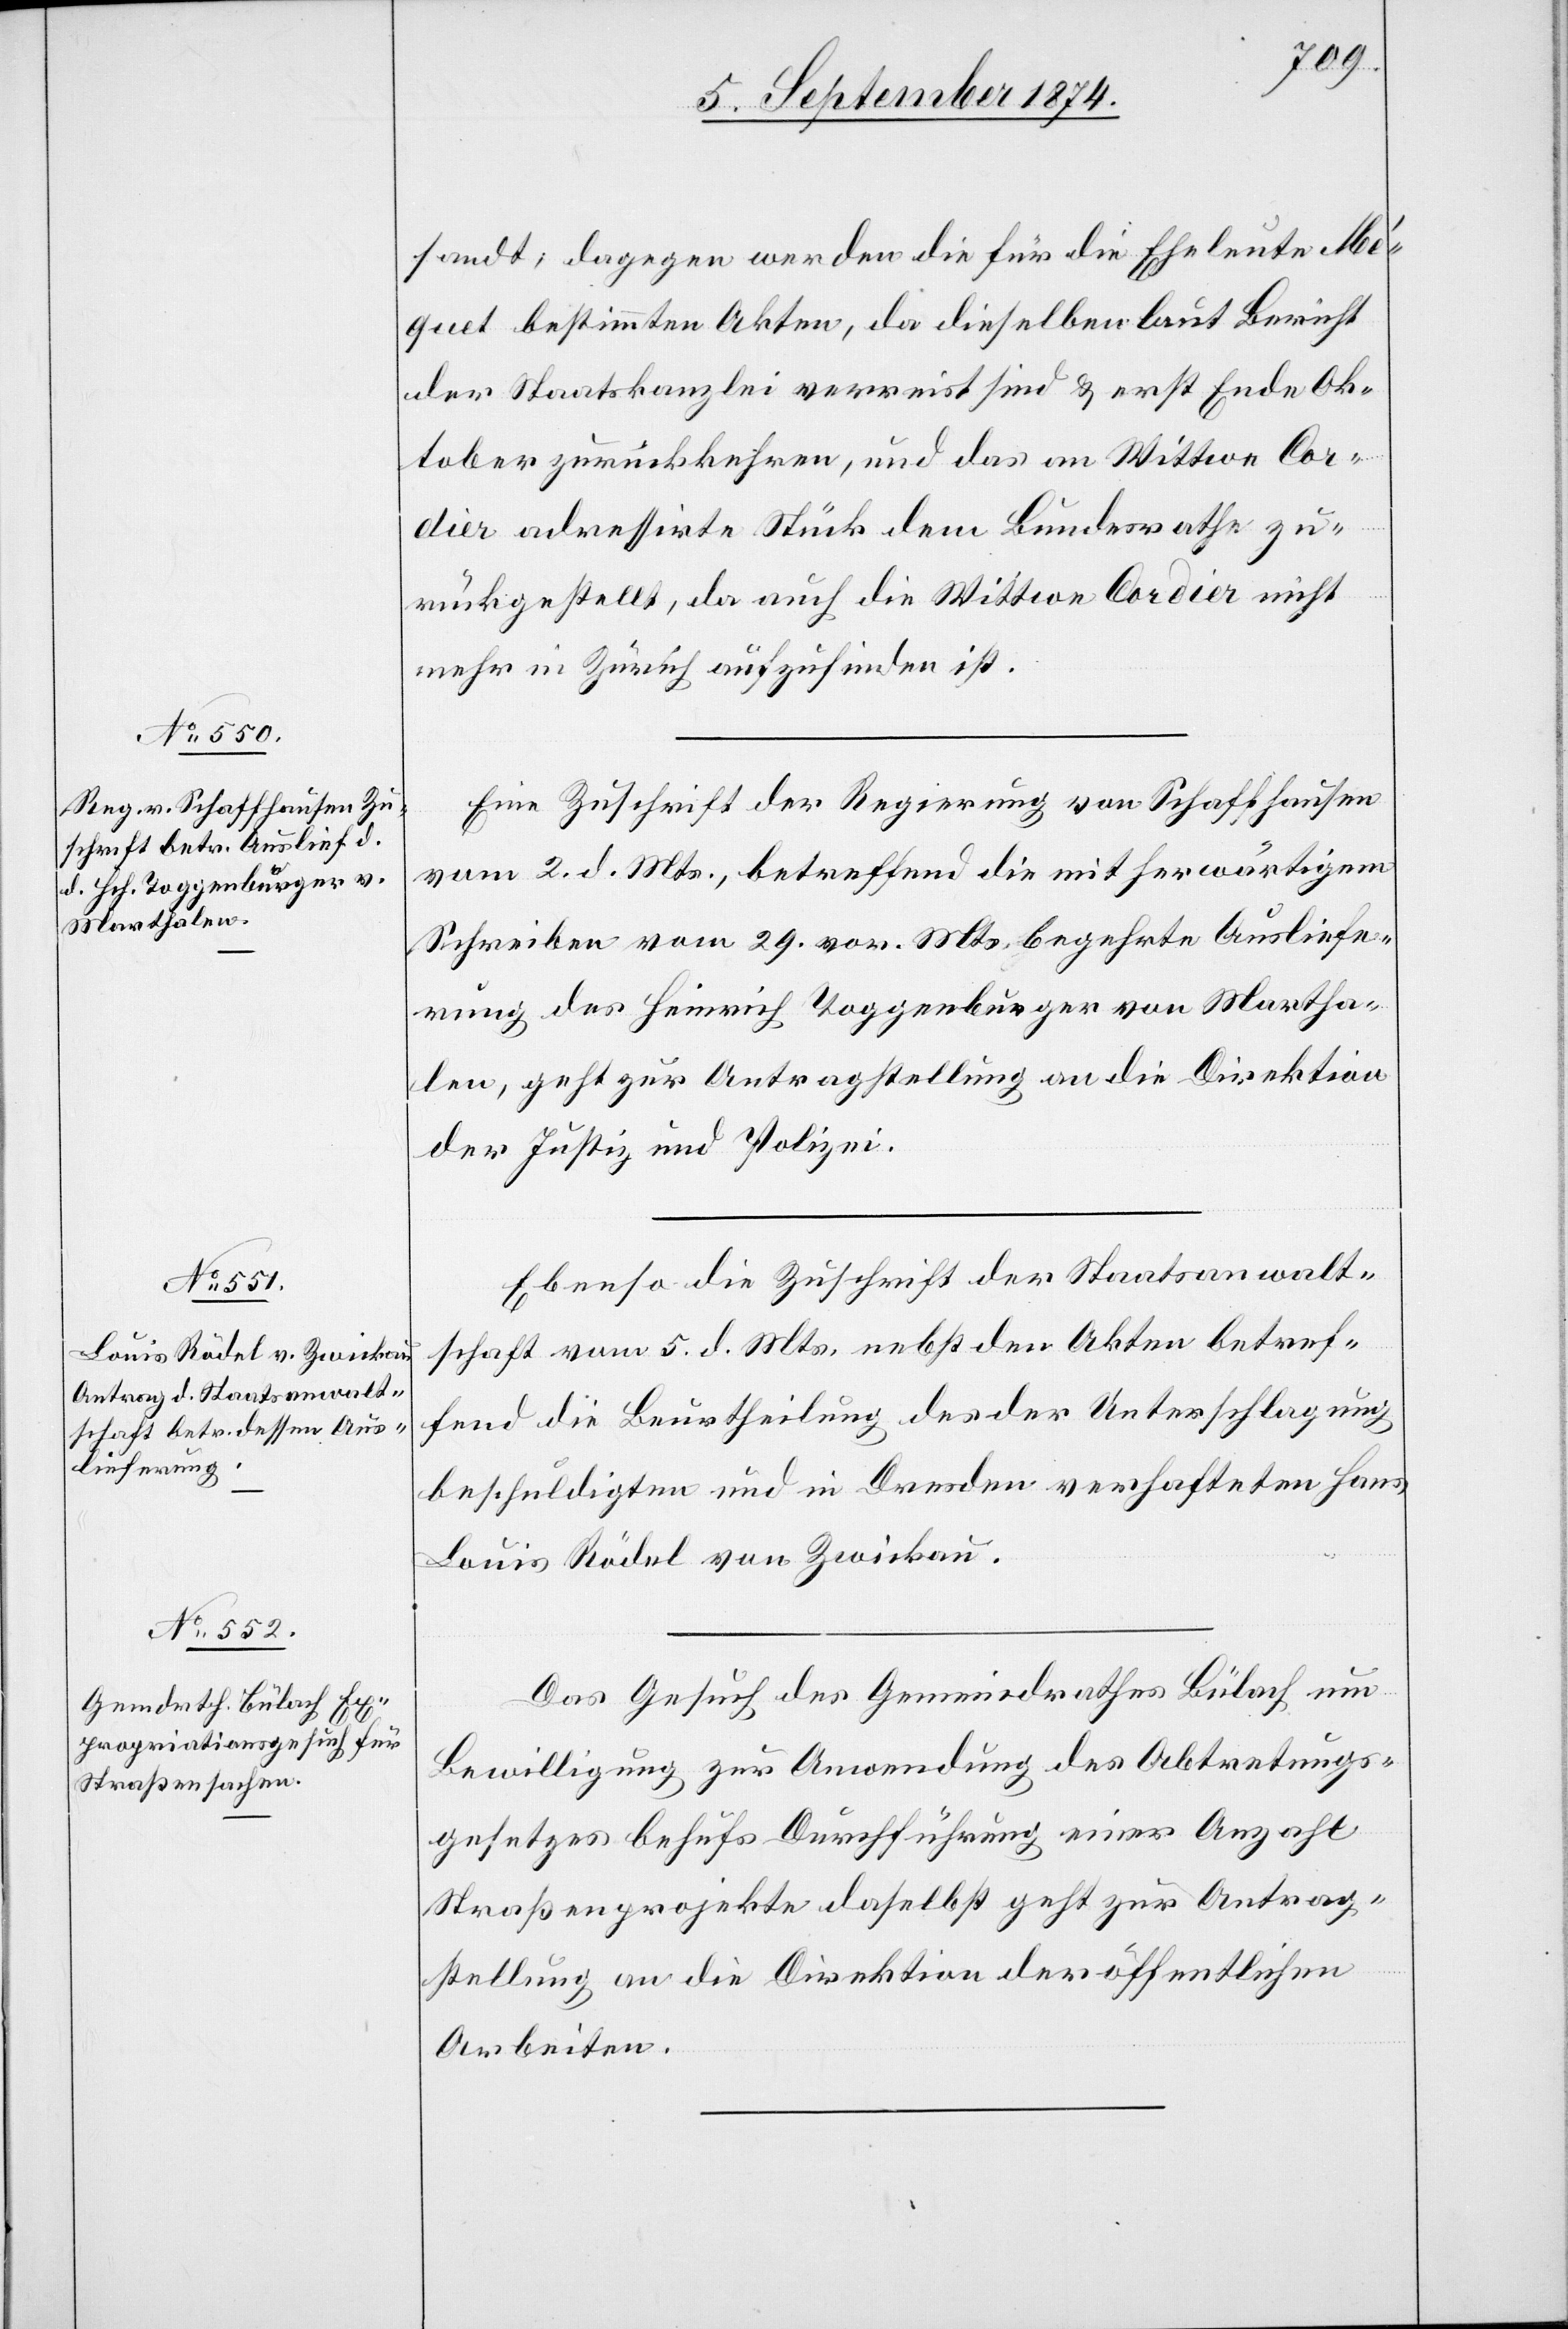
7. September 1874.]
sandt, dagegen werden die für die Eheleute Mé¬
quet bestimmten Akten, da dieselben laut Bericht
der Staatskanzlei verreist sind u. erst Ende Ok¬
tober zurückkehren, und das an Wittwe Cor¬
dier adressirte Stück dem Bundesrathe zu¬
rückgestellt, da auch die Wittwe Cordier nicht
mehr in Zürich aufzufinden ist.
Eine Zuschrift der Regierung von Schaffhausen
vom 2. d. Mts., betreffend die mit herwärtigem
Schreiben vom 29. vor. Mts. begehrte Ausliefe¬
rung des Heinrich Toggenburger von Martha¬
len, geht zur Antragstellung an die Direktion
der Justiz und Polizei.
Ebenso die Zuschrift der Staatsanwalt¬
schaft vom 5. d. Mts., nebst den Akten betref¬
fend die Beurtheilung des der Unterschlagung
beschuldigten und in Dresden verhafteten Hans
Louis Rödel von Zwickau.
Das Gesuch des Gemeindrathes Bülach um
Bewilligung zur Anordnung des Abtretungs¬
gesetzes behufs Durchführung einer Anzahl
Straßenprojekte daselbst geht zur Antrag¬
stellung an die Direktion der öffentlichen
Arbeiten.